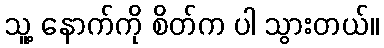
သူ့ နောက်ကို စိတ်က ပါ သွားတယ်။